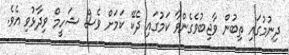
ދިނުމުގައި ތިބުން ވާޖިބުވެގެންވާ ކަމުގައި ދެކޭ ކަމަށް ވެސް ޝަހީމް ވިދާޅުވި އެވެ.